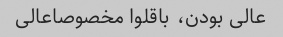
عالی بودن، باقلوا مخصوصاعالی